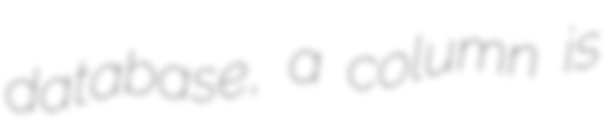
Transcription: database, a column is